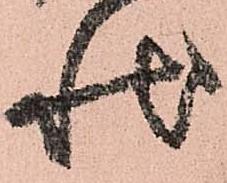
状